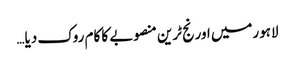
لاہورمیں اورنج ٹرین منصوبے کا کام روک دیا…